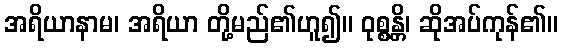
အရိယာနာမ၊ အရိယာ တို့မည်၏ဟူ၍။ ဝုစ္စန္တိ၊ ဆိုအပ်ကုန်၏။